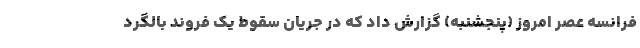
فرانسه عصر امروز (پنجشنبه) گزارش داد که در جریان سقوط یک فروند بالگرد